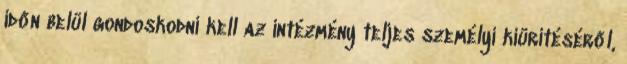
időn belül gondoskodni kell az intézmény teljes személyi kiürítéséről,